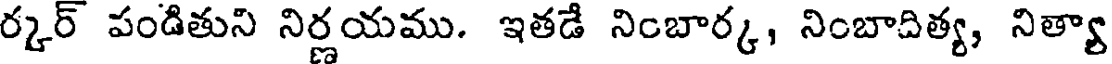
ర్కర్ పండితుని నిర్ణయము. ఇతడే నింబార్క, నింబాదిత్య, నిత్యా